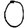
Digit: 0